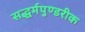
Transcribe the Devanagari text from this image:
सद्धर्मपुण्डरीक